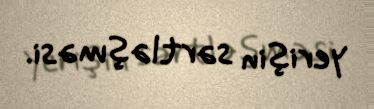
yerişin sərtləşməsi.